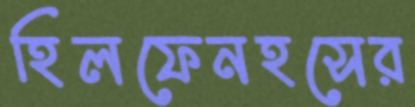
হিলফেনহসের